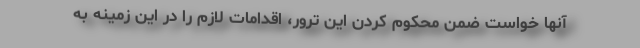
آنها خواست ضمن محکوم کردن این ترور، اقدامات لازم را در این زمینه به